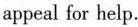
appeal for help.